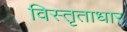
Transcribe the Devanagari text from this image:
विस्तृताधार